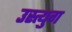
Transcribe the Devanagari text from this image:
उस्त्युग